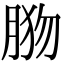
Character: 𦛦